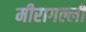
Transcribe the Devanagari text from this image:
मीरागल्ली